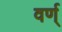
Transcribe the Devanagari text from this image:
वर्ण्